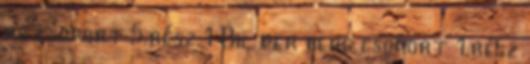
rg csoport 5.rész 1 Bil der berg csoport 1.rész